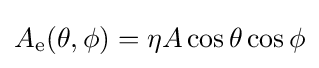
A_{\text{e}}(\theta ,\phi )=\eta A\cos \theta \cos \phi